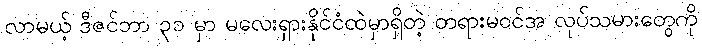
လာမယ့် ဒီဇင်ဘာ ၃၁ မှာ မလေးရှားနိုင်ငံထဲမှာရှိတဲ့ တရားမဝင်အ လုပ်သမားတွေကို